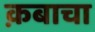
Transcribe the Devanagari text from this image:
क़बाचा